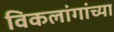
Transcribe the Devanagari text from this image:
विकलांगांच्या